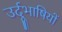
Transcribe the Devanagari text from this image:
उर्दूभाषियों